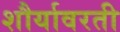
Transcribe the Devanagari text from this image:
शौर्यावरती